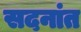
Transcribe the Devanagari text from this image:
सदनांत